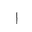
Letter: _alif